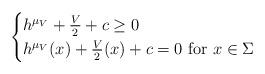
LaTeX: \begin{align*} \begin{cases} h^{\mu_{V}} + \frac{V}{2} + c \geq 0\\ h^{\mu_{V}}(x) + \frac{V}{2}(x) + c = 0 \ {\rm for} \ x \in \Sigma \end{cases}\end{align*}